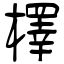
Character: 檡